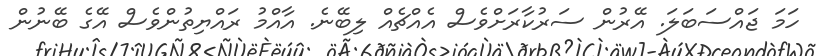
ހަމަ ޖައްސަބަލަ. އޭރުން ސަރުކާރަށްވެސް އެއްޗެއް ލިބޭނެ. އާއްމު ރައްޔިތުންވެސް އޭގެ ބޭނުން